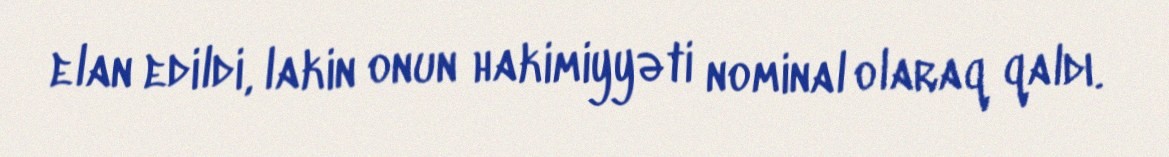
elan edildi, lakin onun hakimiyyəti nominal olaraq qaldı.